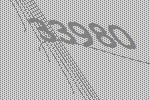
33980